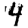
Digit: 4